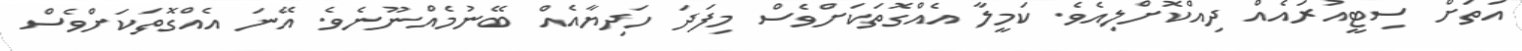
އަތަށް ސިޓީއުރައެއް ދިއްކޮށްލިއެވެ. ކަމީލާ އެއްގޮތަކަށްވެސް މިފަދަ ހަދިޔާއެއް ބޭނުމެއްނޫނެވެ. އޭނަ އެއްގޮތަކަށްވެސް